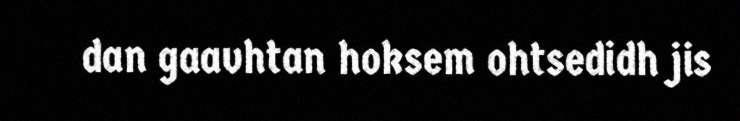
dan gaavhtan hoksem ohtsedidh jis